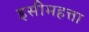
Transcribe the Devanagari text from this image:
इसीमहत्ता